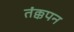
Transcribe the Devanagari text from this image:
तंक्कपन